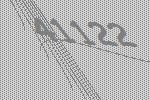
41122